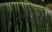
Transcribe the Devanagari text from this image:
लेपेस